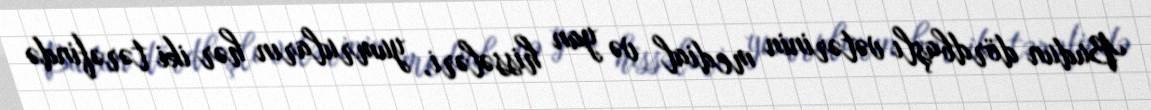
Budun dördbaşlı vətərinin medial və yan hissələri, yumruların hər iki tərəfində